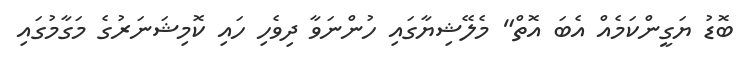
ބޮޑު ޔަގީންކަމެއް އެބަ އޮތް" މެލޭޝިޔާގައި ހުންނަވާ ދިވެހި ހައި ކޮމިޝަނަރުގެ މަގާމުގައި